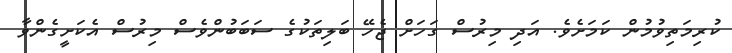
ކުރިމަތިވުމުން ކަމަށެވެ. އަދި މިރުސް ގަހަށް ޖެހޭ ބަލިތަކުގެ ސަބަބުންވެސް މިރުސް އެކަށީގެންވާ